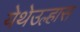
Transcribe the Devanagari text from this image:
येथेउल्हास